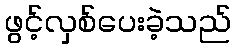
ဖွင့်လှစ်ပေးခဲ့သည်